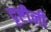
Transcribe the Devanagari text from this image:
दृष्टीनी